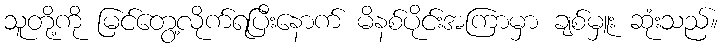
သူတို့ကို မြင်တွေ့လိုက်ရပြီးနောက် မိနစ်ပိုင်းအကြာမှာ ချစ်မှူး ဆုံးသည်။